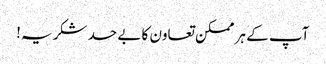
آپ کے ہر ممکن تعاون کا بے حد شکریہ!